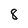
Character: 8